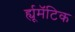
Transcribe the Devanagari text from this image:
र्ह्यूमॅटिक